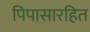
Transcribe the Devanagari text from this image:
पिपासारहित